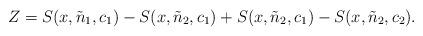
LaTeX: \begin{align*}Z= S(x,\tilde{n}_{1},c_{1})-S(x,\tilde{n}_{2},c_{1}) + S(x,\tilde{n}_{2},c_{1})-S(x,\tilde{n}_{2},c_{2}).\end{align*}